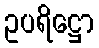
ဥပရိဋ္ဌော